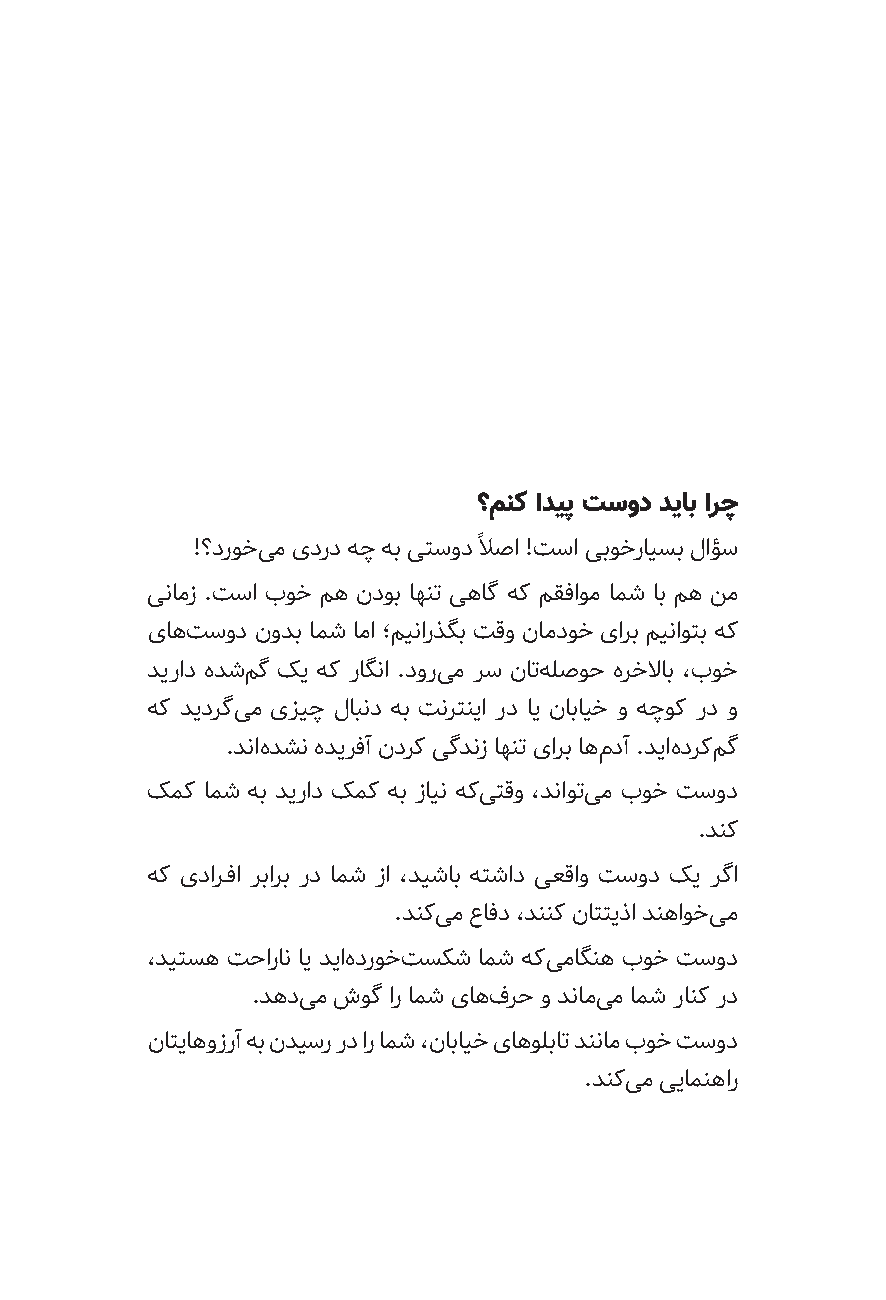
؟منک ادیپ تسود دیاب ارچ
 !؟دروخی م یدرد هچ هب یتسود ًلاصا !تسا یبوخرایسب لاؤس
 ینامز .تسا بوخ مه ندوب اهنت یهاگ هک مقفاوم امش اب مه نم
 یاهت سود نودب امش اما ؛مینارذگب تقو نامدوخ یارب میناوتب هک
 دیراد هدشم گ کی هک راگنا .دوری م رس ناته لصوح هرخلااب ،بوخ
 هک دیدرگی م یزیچ لابند هب تنرتنیا رد ای نابایخ و هچوک رد و
 .دناه دشن هدیرفآ ندرک یگدنز اهنت یارب اهم دآ .دیاه درکم گ
 کمک امش هب دیراد کمک هب زاین هکی تقو ،دناوتی م بوخ تسود
 .دنک
 هک یدارــفا ربارب رد امش زا ،دیشاب هتشاد یعقاو تسود کی رگا
 .دنکی م عافد ،دننک ناتتیذا دنهاوخی م
 ،دیتسه تحاران ای دیاه دروخت سکش امش هکی ماگنه بوخ تسود
 .دهدی م شوگ ار امش یاهف رح و دنامی م امش رانک رد
 ناتیاهوزرآ هب ندیسر رد ار امش ،نابایخ یاهولبات دننام بوخ تسود
 .دنکی م ییامنهار